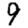
Digit: 9